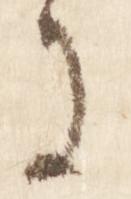
に